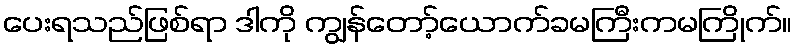
ပေးရသည်ဖြစ်ရာ ဒါကို ကျွန်တော့်ယောက်ခမကြီးကမကြိုက်။